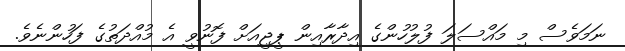
ނަމަވެސް މި މައްސަލަ ފުލުހުންގެ އިދާރާއިން ޕީޖީއަށް ފޮނުވީ އެ މުއްދަތުގެ ފަހުންނެވެ.